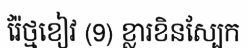
រ៉ែថ្មខៀវ (9) ខ្លារខិនស្បែក